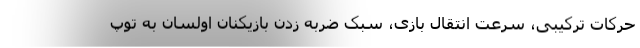
حرکات ترکیبی، سرعت انتقال بازی، سبک ضربه زدن بازیکنان اولسان به توپ